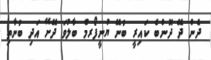
ދެން ދޭ ދޮންބެ ކައިރީ ބުނޭ ޔުނީފޯރމް ބާލުވަ ދޭށޭ އަދި ބުނާތި